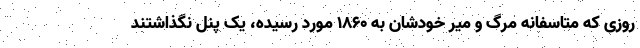
روزی که متاسفانه مرگ و میر خودشان به ۱۸۶۰ مورد رسیده، یک پنل نگذاشتند